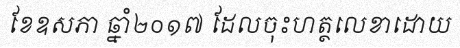
ខែឧសភា ឆ្នាំ២០១៧ ដែលចុះហត្ថលេខាដោយ